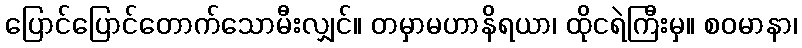
ပြောင်ပြောင်တောက်သောမီးလျှင်။ တမှာမဟာနိရယာ၊ ထိုငရဲကြီးမှ။ စဝမာနာ၊